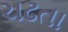
ચઢતા